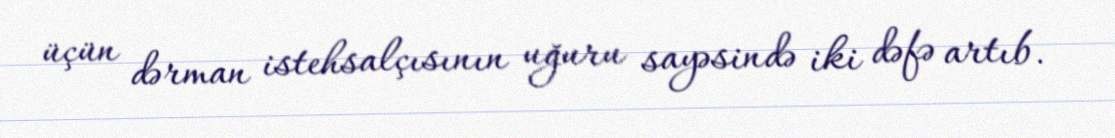
üçün dərman istehsalçısının uğuru sayəsində iki dəfə artıb.